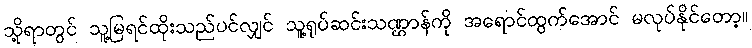
သို့ရာတွင် သူ့မြရင်ထိုးသည်ပင်လျှင် သူ့ရုပ်ဆင်းသဏ္ဌာန်ကို အရောင်ထွက်အောင် မလုပ်နိုင်တော့။